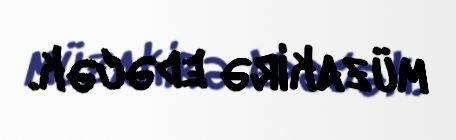
müzakirə edəcək.